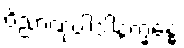
ဝိညာဏုပါဒါနက္ခန္ဓေ